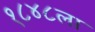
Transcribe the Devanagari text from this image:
१८४८ला